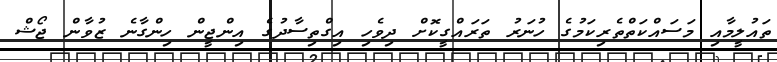
ތައުލީމާއި މަސައްކަތްތެރިކަމުގެ ހުނަރު ތަރައްގީކޮށް ދިވެހި އިގްތިސާދުގެ އިންޖީން ހިންގާނެ ޒުވާން ޖޯޝް